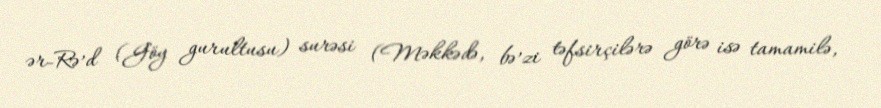
ər-Rə’d (Göy gurultusu) surəsi (Məkkədə, bə’zi təfsirçilərə görə isə tamamilə,